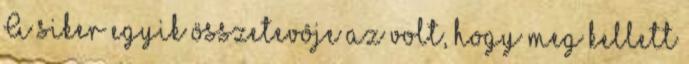
A siker egyik összetevôje az volt, hogy meg kellett